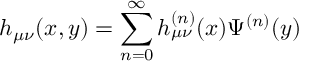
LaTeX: h _ { \mu \nu } ( x , y ) = \sum _ { n = 0 } ^ { \infty } h _ { \mu \nu } ^ { ( n ) } ( x ) \Psi ^ { ( n ) } ( y )